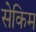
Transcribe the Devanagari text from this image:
सेकिम